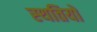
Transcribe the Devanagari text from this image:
स्‍थतियों